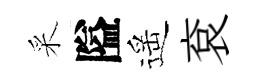
采隘遥袞